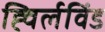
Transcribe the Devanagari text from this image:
ह्विर्लविंड